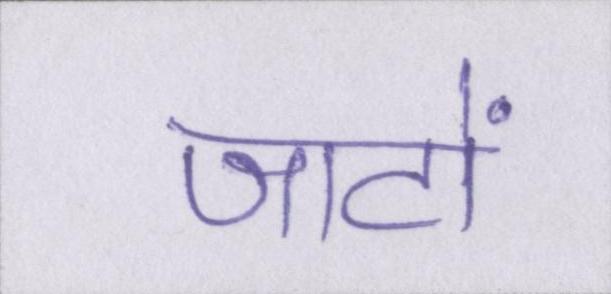
जाटों